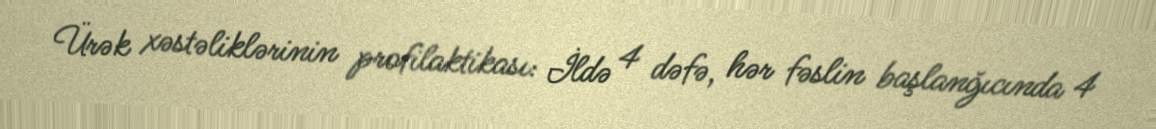
Ürək xəstəliklərinin profilaktikası: İldə 4 dəfə, hər fəslin başlanğıcında 4